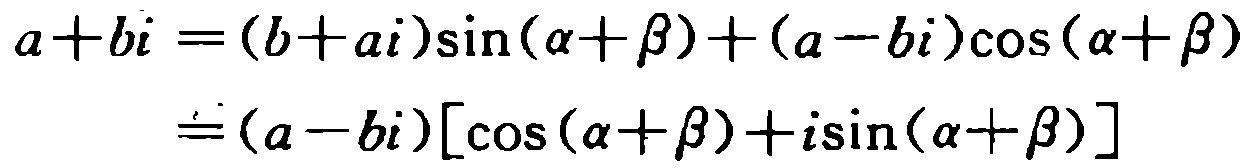
\[
\begin{align*}
a + bi&=(b + ai)\sin(\alpha+\beta)+(a - bi)\cos(\alpha+\beta)\\
&=(a - bi)[\cos(\alpha+\beta)+i\sin(\alpha+\beta)]
\end{align*}
\]